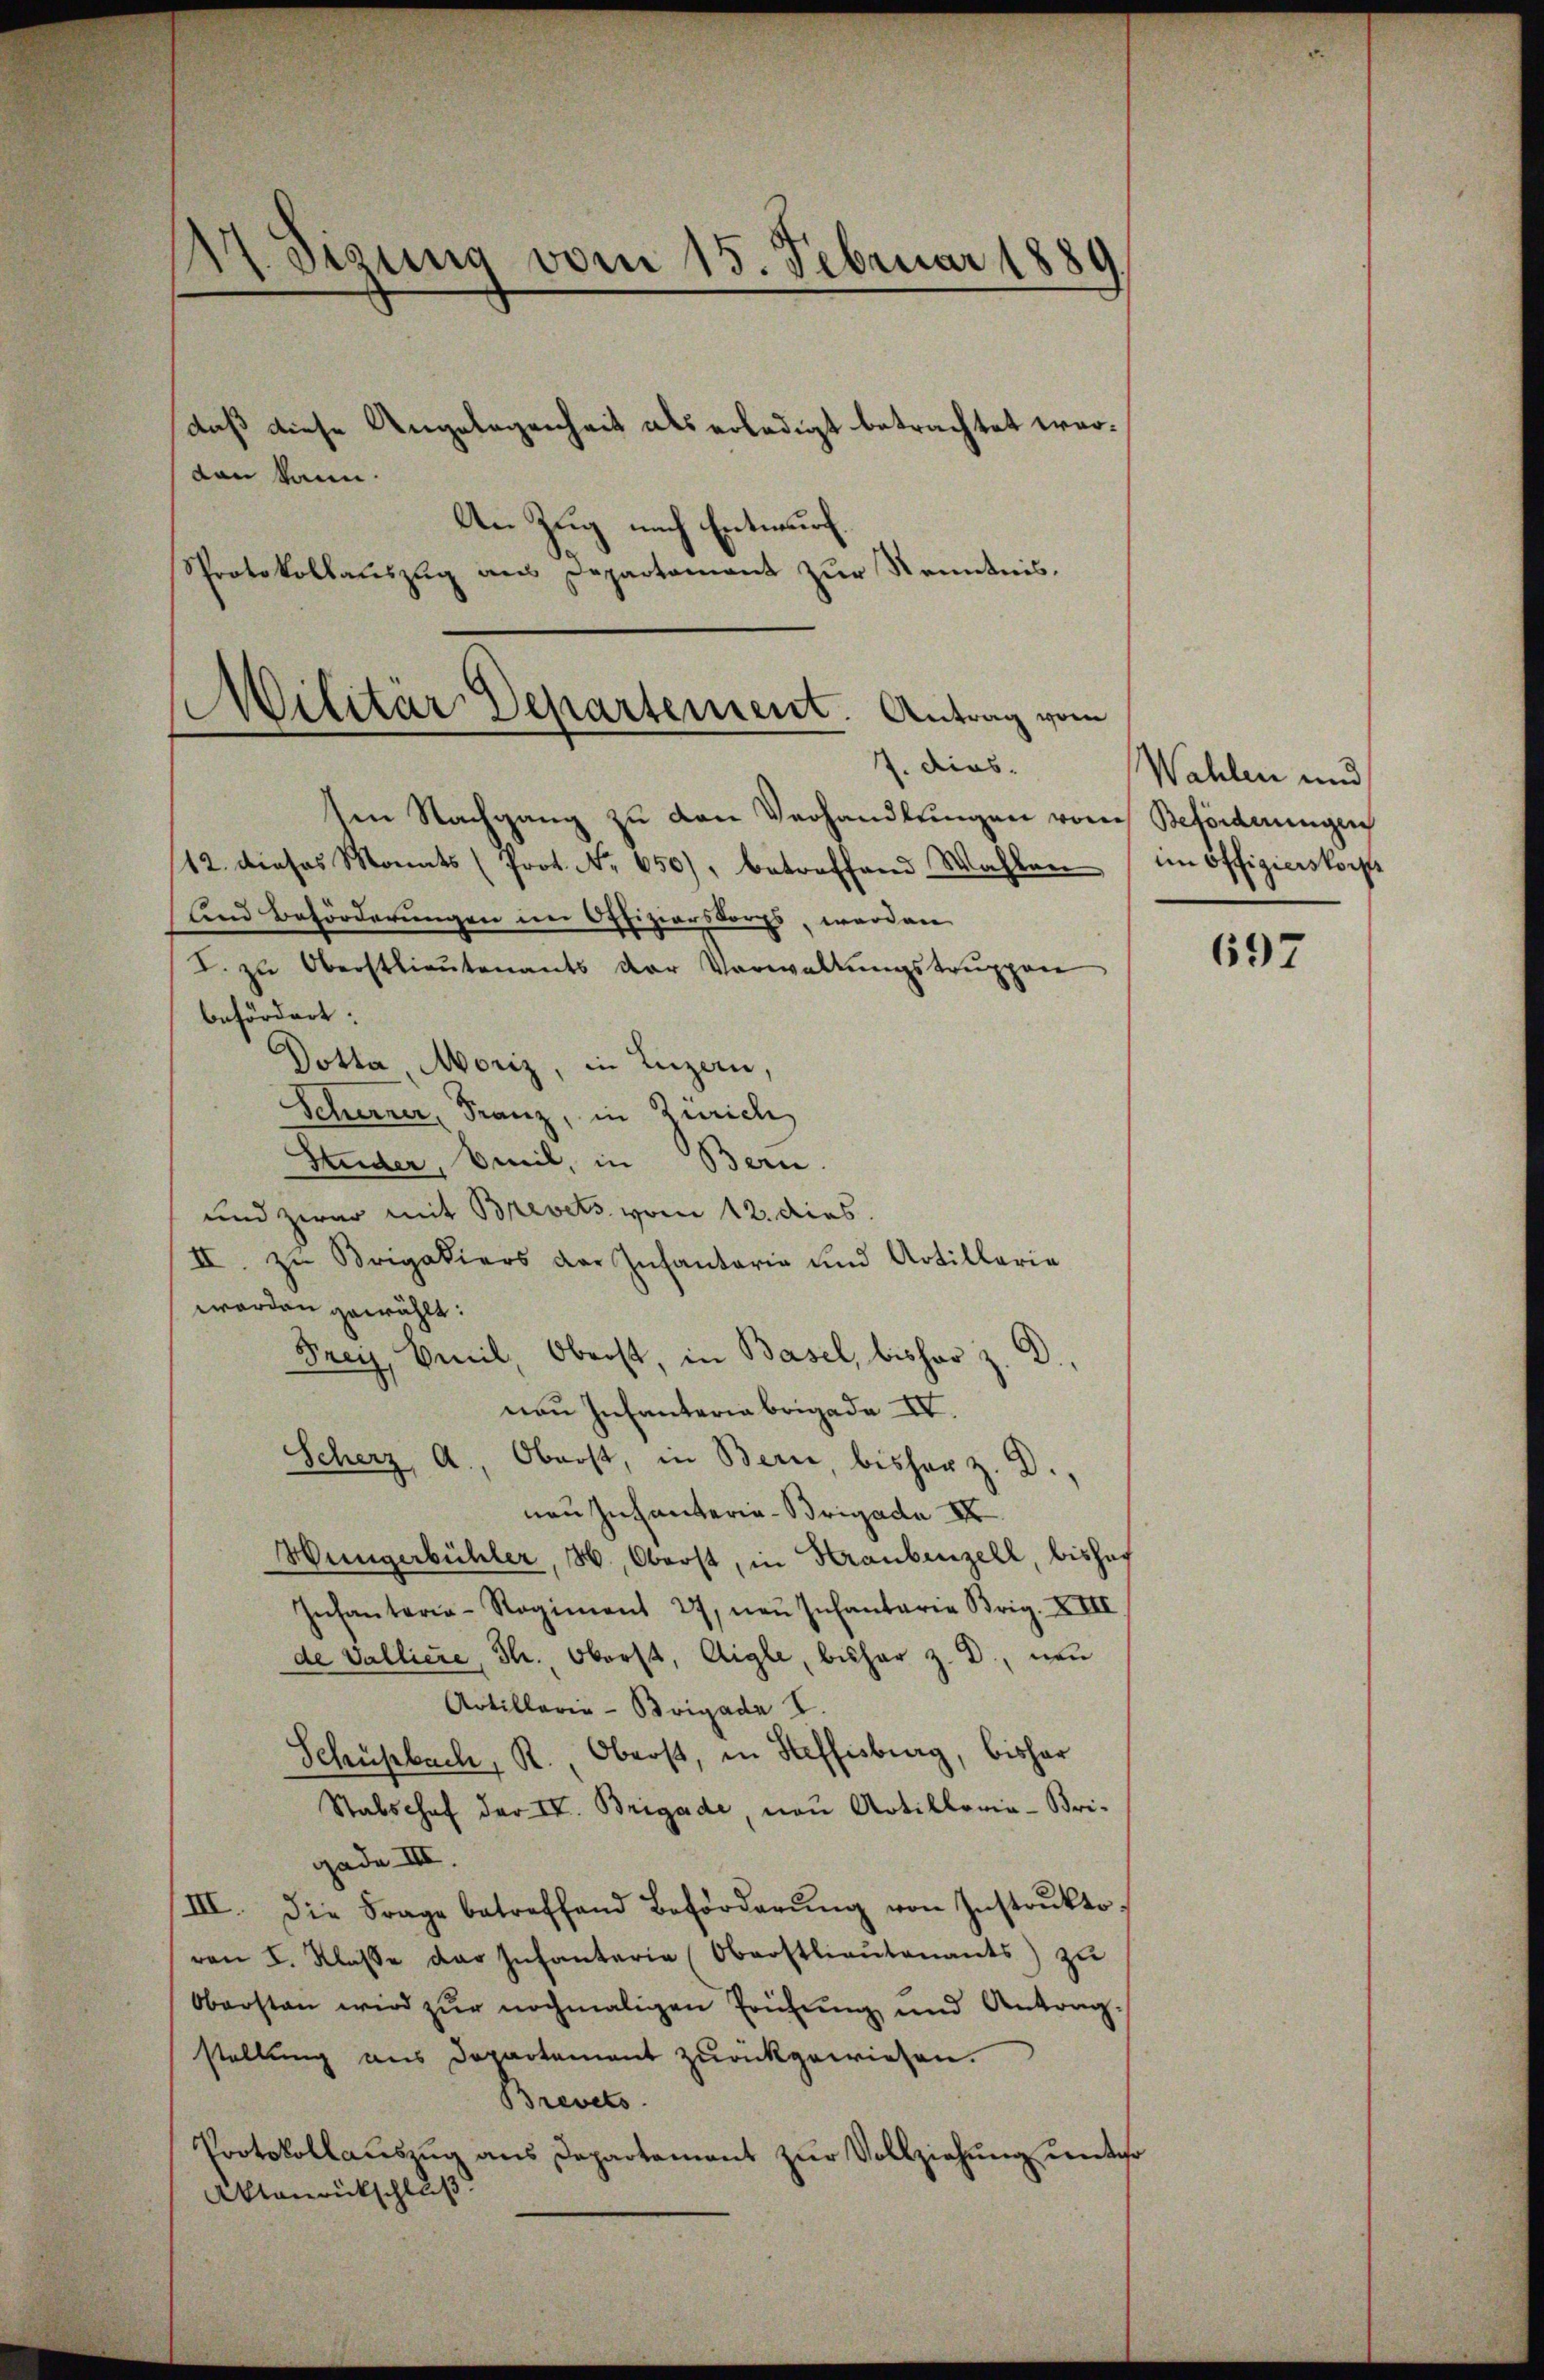
17. Disung vom 15. Februar 1889
daß diese Angelegenheit als erledigt betrachtet wordan kann.
An Zug nach Entwurf.
Sprotokollauszug aus Departement zur Kenntnis.

MMilitär Departement. Antrag vom
J. dies

ten Nachgang zu den Verhandlungen vom Beförderungen
12. dieses Monats (Prot. No. 650), betreffend Wahlen im Offizierskorps
und Beförderungen im Offiziarskorps, worden
I. zŭ Oberstlieŭtenants der Verwaltŭngstrŭppen
befördert:
Dotta Moriz, in Luzern,
Scherner, Franz, in Zürich
Studer, beil, in Bern.
und zwar mit Brevets vom 12. dies
II. zu Brigakiers der Infantaria und Artillerie
worden gewählt:
Frey, Emil Oberst, in Basel, bisher z. D
nen Infanteria Brigade IV.
Scherz, A., Oberst, in Bern, bisher z. D.,
nau Infanteria-Brigade XX
Hüngerbühler, H., Oberst, in Kraubenzell, bisher
Infanterie-Regiment 27 neŭ Infantaria Brig. XIII
de Valliere, Th. Oberst, Aigle, bisher z. B., von
Artillaria-Brigade I.
Schüpbach, R., Oberst, in Steffisburg, bisher
Stabschof der IV. Brigade, neu Artilloria-Bri-
gade IIII.
III. Die Frage betreffend Beförderŭng von Instrŭkto-
von I. Klasse das Infanterie (Oberstlieutenants) zŭ
Obersten wird zur nochmaligen Prüfung und Antragstellung aus Departement zurückgewiesen.
Brevets
Protokollauszug aus Departement zur Vollziehung unter
Atanrückschluß

Wahlen und

697